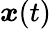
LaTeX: {\boldsymbol x}(t)